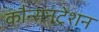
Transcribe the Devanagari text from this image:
कौन्सनट्रेशन